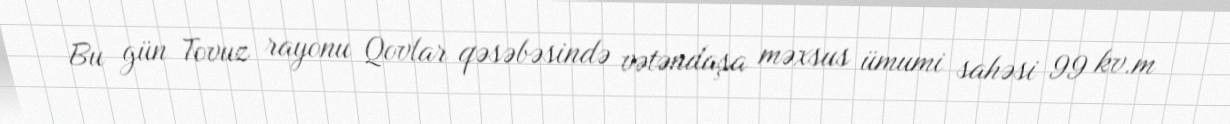
Bu gün Tovuz rayonu Qovlar qəsəbəsində vətəndaşa məxsus ümumi sahəsi 99 kv.m